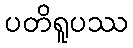
ပတိရူပဿ